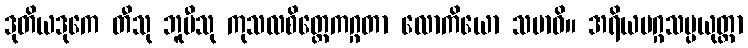
ဒုတိယဒုကေ တီသု ဘူမီသု ကုသလစိတ္တေကဂ္ဂတာ လောကိယော သမာဓိ။ အရိယမဂ္ဂသမ္ပယုတ္တာ